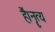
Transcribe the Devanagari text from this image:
हैं।नॄत्य